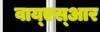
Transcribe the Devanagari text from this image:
वाय्‌एस्‌आर